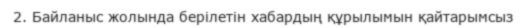
2. Байланыс жолында берілетін хабардың құрылымын қайтарымсыз